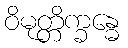
ဝိမုတ္တိက္ခန္ဓေ